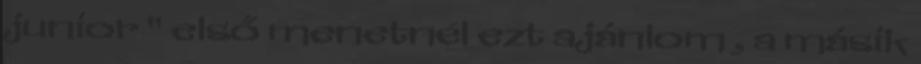
junior " első menetnél ezt ajánlom , a másik